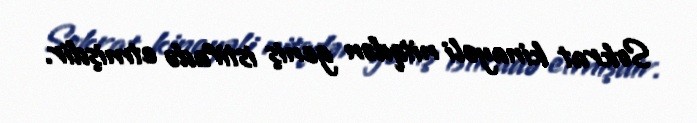
Sokrat kinayəli nitqdən geniş istifadə etmişdir.